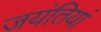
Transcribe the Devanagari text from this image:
जयंतियां